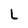
Character: L